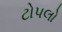
ટોપલો